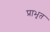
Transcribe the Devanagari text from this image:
प्राभृत